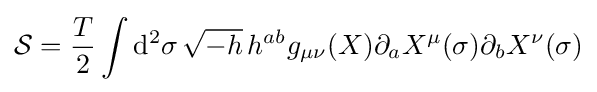
{\mathcal {S}}={\frac {T}{2}}\int \mathrm {d} ^{2}\sigma \,{\sqrt {-h}}\,h^{ab}g_{\mu \nu }(X)\partial _{a}X^{\mu }(\sigma )\partial _{b}X^{\nu }(\sigma )